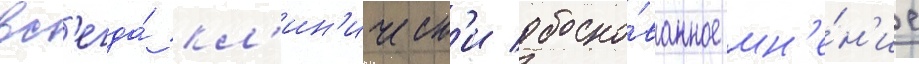
вс'егда́ кл'ин'ическ'и обосно́ванное мн'е́н'ие